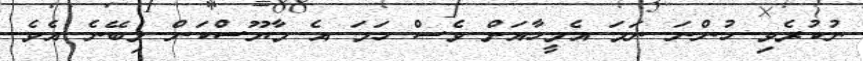
ނުކުރެވި ހުންނަ ނަމަ އެމީހާއަށް ވެސް ހަމަ އެ މާޔޫސްކަން ލިބޭނެ އެވެ.